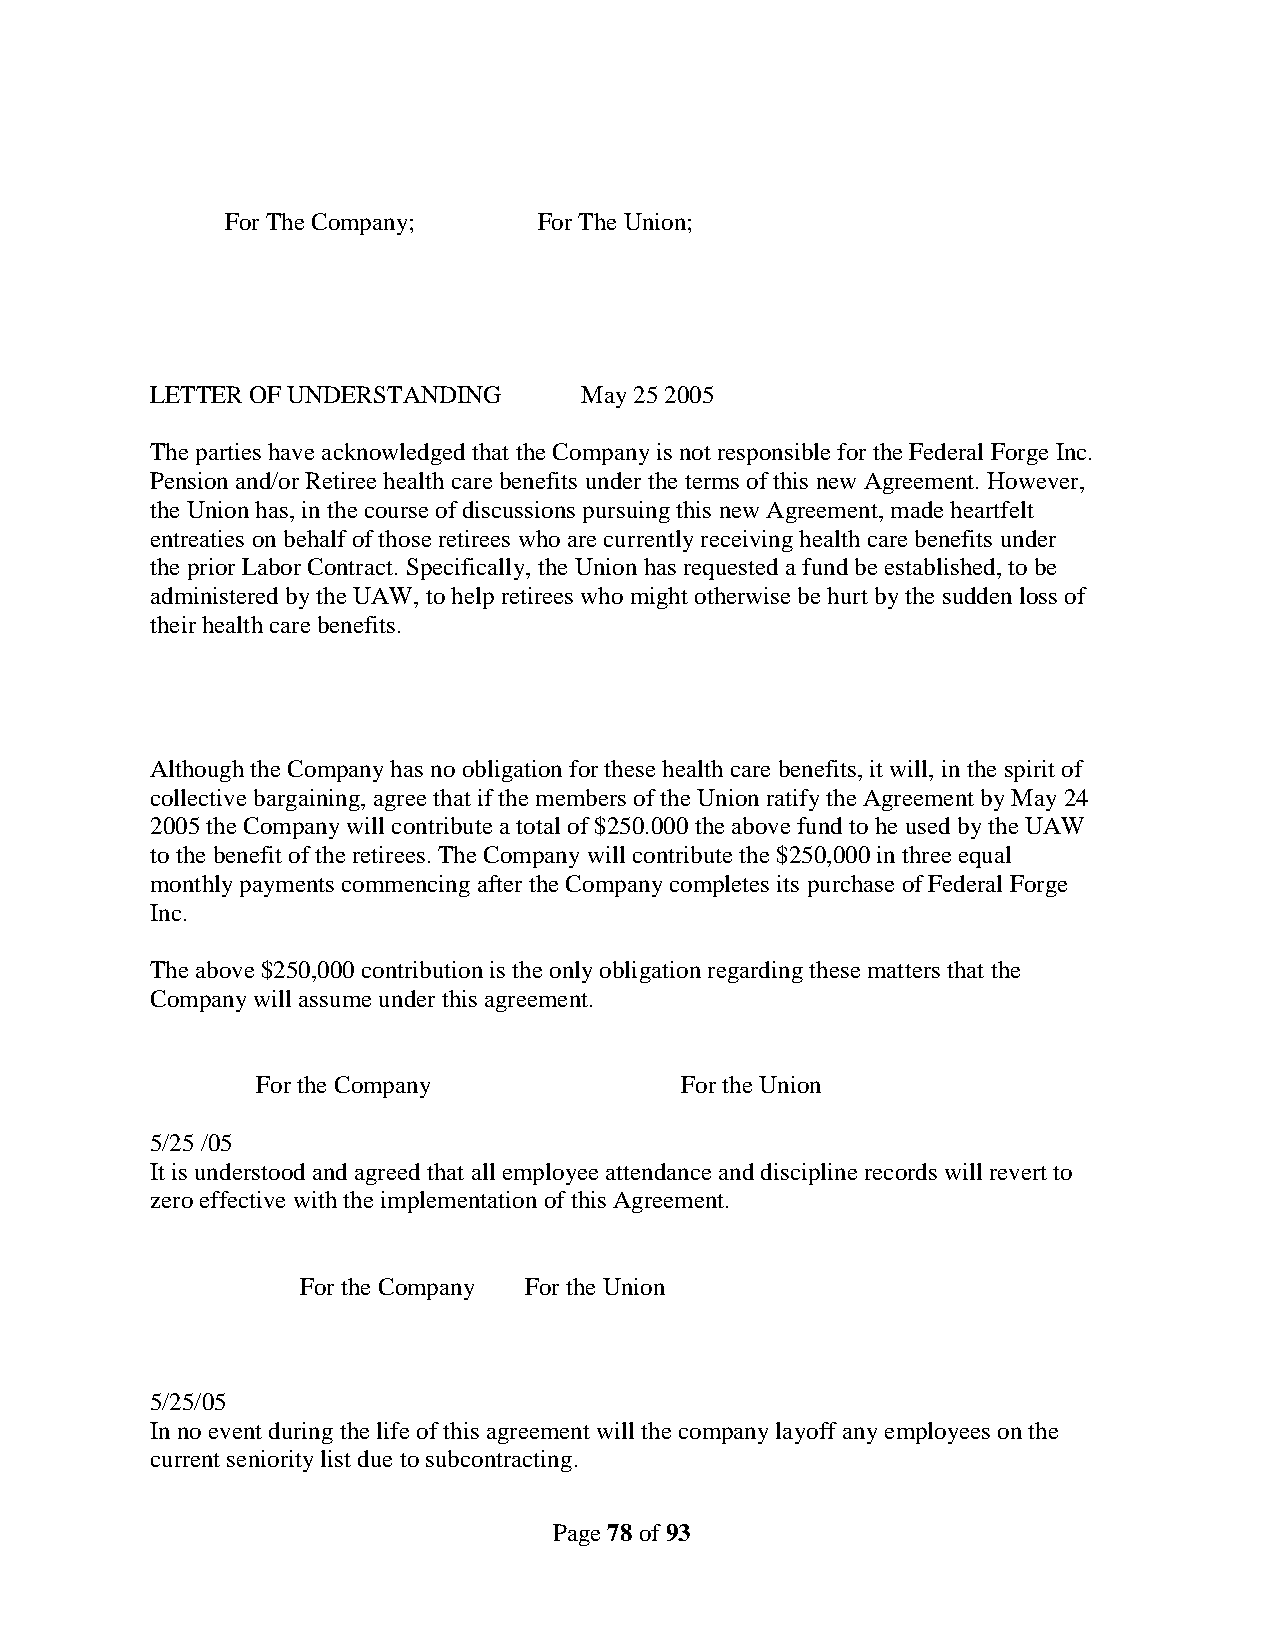
For The Company;     For The Union;
 LETTER OF UNDERSTANDING     May 25 2005
 The parties have acknowledged that the Company is not responsible for the Federal Forge Inc.
 Pension and/or Retiree health care benefits under the terms of this new Agreement. However,
 the Union has, in the course of discussions pursuing this new Agreement, made heartfelt
 entreaties on behalf of those retirees who are currently receiving health care benefits under
 the prior Labor Contract. Specifically, the Union has requested a fund be established, to be
 administered by the UAW, to help retirees who might otherwise be hurt by the sudden loss of
 their health care benefits.
 Although the Company has no obligation for these health care benefits, it will, in the spirit of
 collective bargaining, agree that if the members of the Union ratify the Agreement by May 24
 2005 the Company will contribute a total of $250.000 the above fund to he used by the UAW
 to the benefit of the retirees. The Company will contribute the $250,000 in three equal
 monthly payments commencing after the Company completes its purchase of Federal Forge
 Inc.
 The above $250,000 contribution is the only obligation regarding these matters that the
 Company will assume under this agreement.
 For the Company             For the Union
 5/25 /05
 It is understood and agreed that all employee attendance and discipline records will revert to
 zero effective with the implementation of this Agreement.
 For the Company For the Union
 5/25/05
 In no event during the life of this agreement will the company layoff any employees on the
 current seniority list due to subcontracting.
 Page 78 of 93